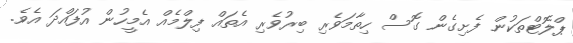
ޕްލޮޓްތަކުން ފެށިގެން ގޮސް ހިތާމަވެރި ބިރުވެރި އެތައް ފިލްމެއް އެމީހުން އުފައްދަ އެވެ.